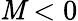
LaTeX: \mathit{M}<0